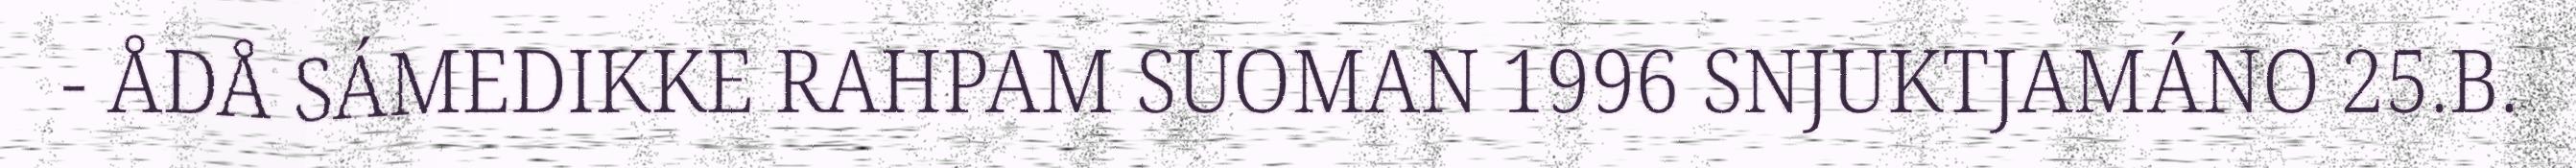
- ÅDÅ SÁMEDIKKE RAHPAM SUOMAN 1996 SNJUKTJAMÁNO 25.B.